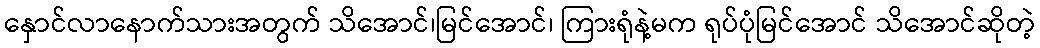
နှောင်လာနောက်သားအတွက် သိအောင်၊မြင်အောင်၊ ကြားရုံနဲ့မက ရုပ်ပုံမြင်အောင် သိအောင်ဆိုတဲ့